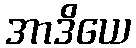
အာဒိယေ